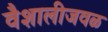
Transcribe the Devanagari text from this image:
वैशालीजवळ